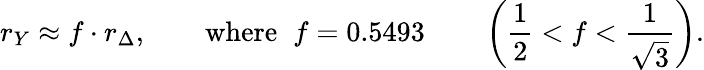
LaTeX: r_{Y}\approx f\cdot r_{\Delta},\qquad\textrm{where}\; \; f=0.5493\qquad\left(\frac{1}{2}<f<\frac{1}{\sqrt{3}}\right).